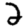
Digit: 2